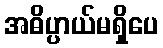
အဓိပ္ပာယ်မရှိပေ